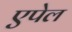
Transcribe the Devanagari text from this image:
एपेल